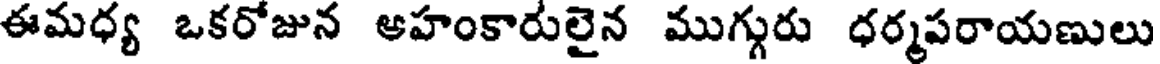
ఈమధ్య ఒకరోజున అహంకారులైన ముగ్గురు ధర్మపరాయణులు